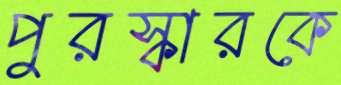
পুরস্কারকে